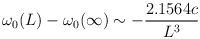
\begin{align*}\omega_0 (L) - \omega_0 (\infty ) \sim - {2.1564 c\over L^3} \end{align*}